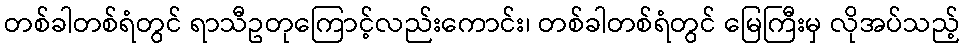
တစ်ခါတစ်ရံတွင် ရာသီဥတုကြောင့်လည်းကောင်း၊ တစ်ခါတစ်ရံတွင် မြေကြီးမှ လိုအပ်သည့်